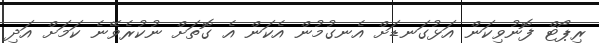
ރިޕޯޓް ފޮނުވިކަން އަޅުގަނޑަށް އެނގުމުން އެކަން އެ ގޮތަށް ނުކުރެވޭނެ ކަމަށް އަދި